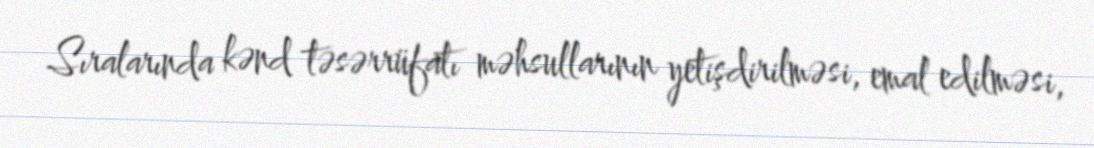
Sıralarında kənd təsərrüfatı məhsullarının yetişdirilməsi, emal edilməsi,